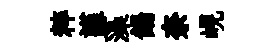
粹謹藻餳奈峴